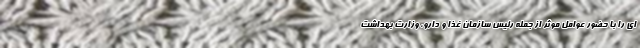
ای را با حضور عوامل موثر از جمله رئیس سازمان غذا و دارو، وزارت بهداشت